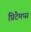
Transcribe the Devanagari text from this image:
प्रिंटेमप्स